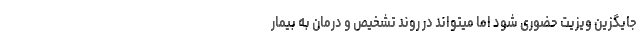
جایگزین ویزیت حضوری شود اما میتواند در روند تشخیص و درمان به بیمار